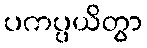
ပကပ္ပယိတွာ